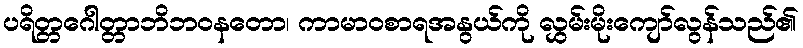
ပရိတ္တဂေါတ္တာဘိဘဝနတော၊ ကာမာဝစာရအနွယ်ကို လွှမ်းမိုးကျော်လွန်သည်၏